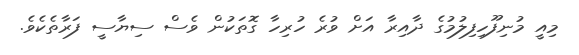
މިއީ މުނިފޫހިފިލުމުގެ ދާއިރާ އަށް ވުރެ ހުރިހާ ގޮތަކުން ވެސް ސިޔާސީ ފަރާތެކެވެ.